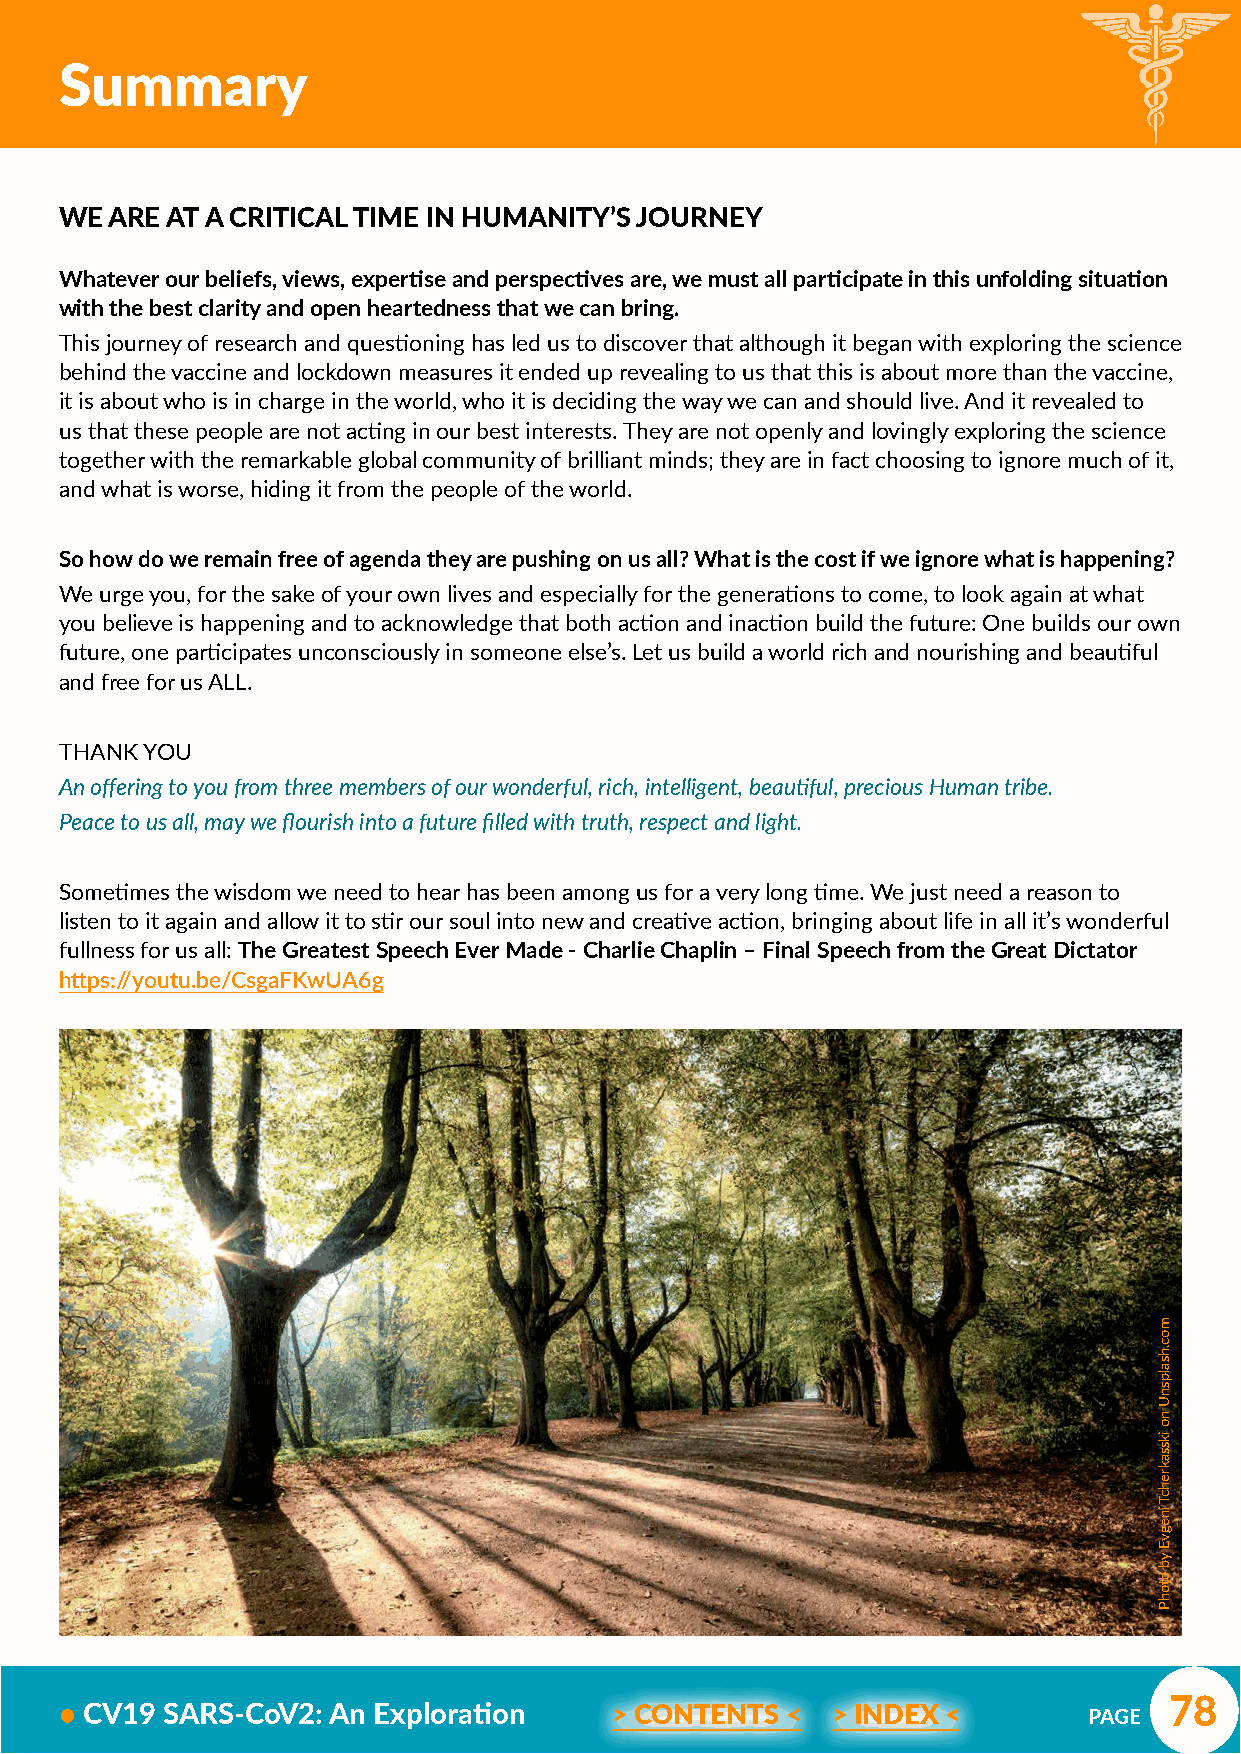
Summary
 WE ARE AT A CRITICAL TIME IN HUMANITY’S JOURNEY
 Whatever our beliefs, views, expertise and perspectives are, we must all participate in this unfolding situation
 with the best clarity and open heartedness that we can bring.
 This journey of research and questioning has led us to discover that although it began with exploring the science
 behind the vaccine and lockdown measures it ended up revealing to us that this is about more than the vaccine,
 it is about who is in charge in the world, who it is deciding the way we can and should live. And it revealed to
 us that these people are not acting in our best interests. They are not openly and lovingly exploring the science
 together with the remarkable global community of brilliant minds; they are in fact choosing to ignore much of it,
 and what is worse, hiding it from the people of the world.
 So how do we remain free of agenda they are pushing on us all? What is the cost if we ignore what is happening?
 We urge you, for the sake of your own lives and especially for the generations to come, to look again at what
 you believe is happening and to acknowledge that both action and inaction build the future: One builds our own
 future, one participates unconsciously in someone else’s. Let us build a world rich and nourishing and beautiful
 and free for us ALL.
 THANK YOU
 An offering to you from three members of our wonderful, rich, intelligent, beautiful, precious Human tribe.
 Peace to us all, may we flourish into a future filled with truth, respect and light.
 Sometimes the wisdom we need to hear has been among us for a very long time. We just need a reason to
 listen to it again and allow it to stir our soul into new and creative action, bringing about life in all it’s wonderful
 fullness for us all: The Greatest Speech Ever Made - Charlie Chaplin – Final Speech from the Great Dictator
 https://youtu.be/CsgaFKwUA6g
 78
 • CV19 SARS-CoV2: An Exploration     > CONTENTS <  > INDEX <        PAGE
 moc.hsalpsnU
 no
 ikssakrehcT
 inegvE
 yb
 otohP